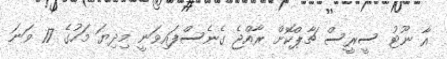
އާ ނޫޓު ސީރީސް ޗާޕްކޮށް ރާއްޖެ ގެނެސްފައިވަނީ މިދިޔަ މަހުގެ 17 ވަނަ